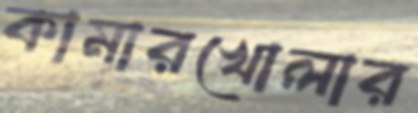
কামারখোলার